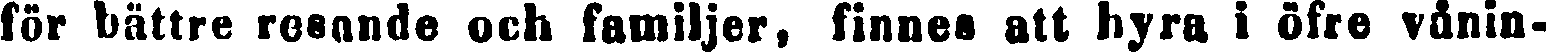
för bättre resande och familjer, finnes att hyra i öfre vånin-